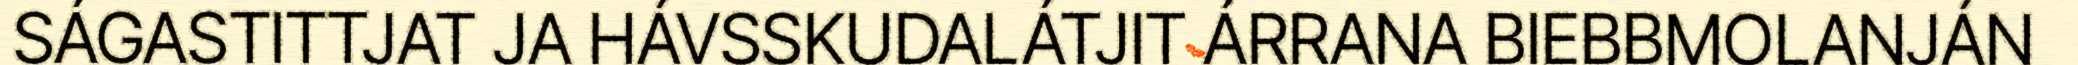
SÁGASTITTJAT JA HÁVSSKUDALÁTJIT ÁRRANA BIEBBMOLANJÁN